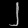
Digit: ၂